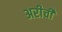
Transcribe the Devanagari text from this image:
अरीची